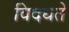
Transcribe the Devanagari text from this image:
विदधते